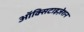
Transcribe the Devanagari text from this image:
ऑक्सिटाइज़ेशन